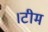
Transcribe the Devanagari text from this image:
।टीम